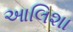
આલિશા